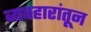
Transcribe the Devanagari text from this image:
व्यवहारांतून